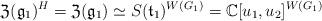
LaTeX: \begin{align*} {\mathfrak Z}({\mathfrak g}_1)^H = {\mathfrak Z}({\mathfrak g}_1) \simeq S({\mathfrak t}_1)^{W(G_1)} = {\mathbb C}[u_1,u_2]^{W(G_1)}\end{align*}